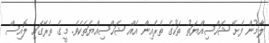
ލާމުން ފެށޭ ޝަހްސިއްޔަތު ތަކުގެ ތެރެއިން އެއް ޝަހްސިއްޔަތެކެވެ. މީގެ ތެރޭގައި ލޮއިސް